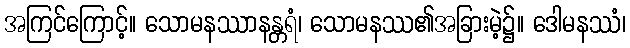
အကြင်ကြောင့်။ သောမနဿာနန္တရံ၊ သောမနဿ၏အခြားမဲ့၌။ ဒေါမနဿံ၊